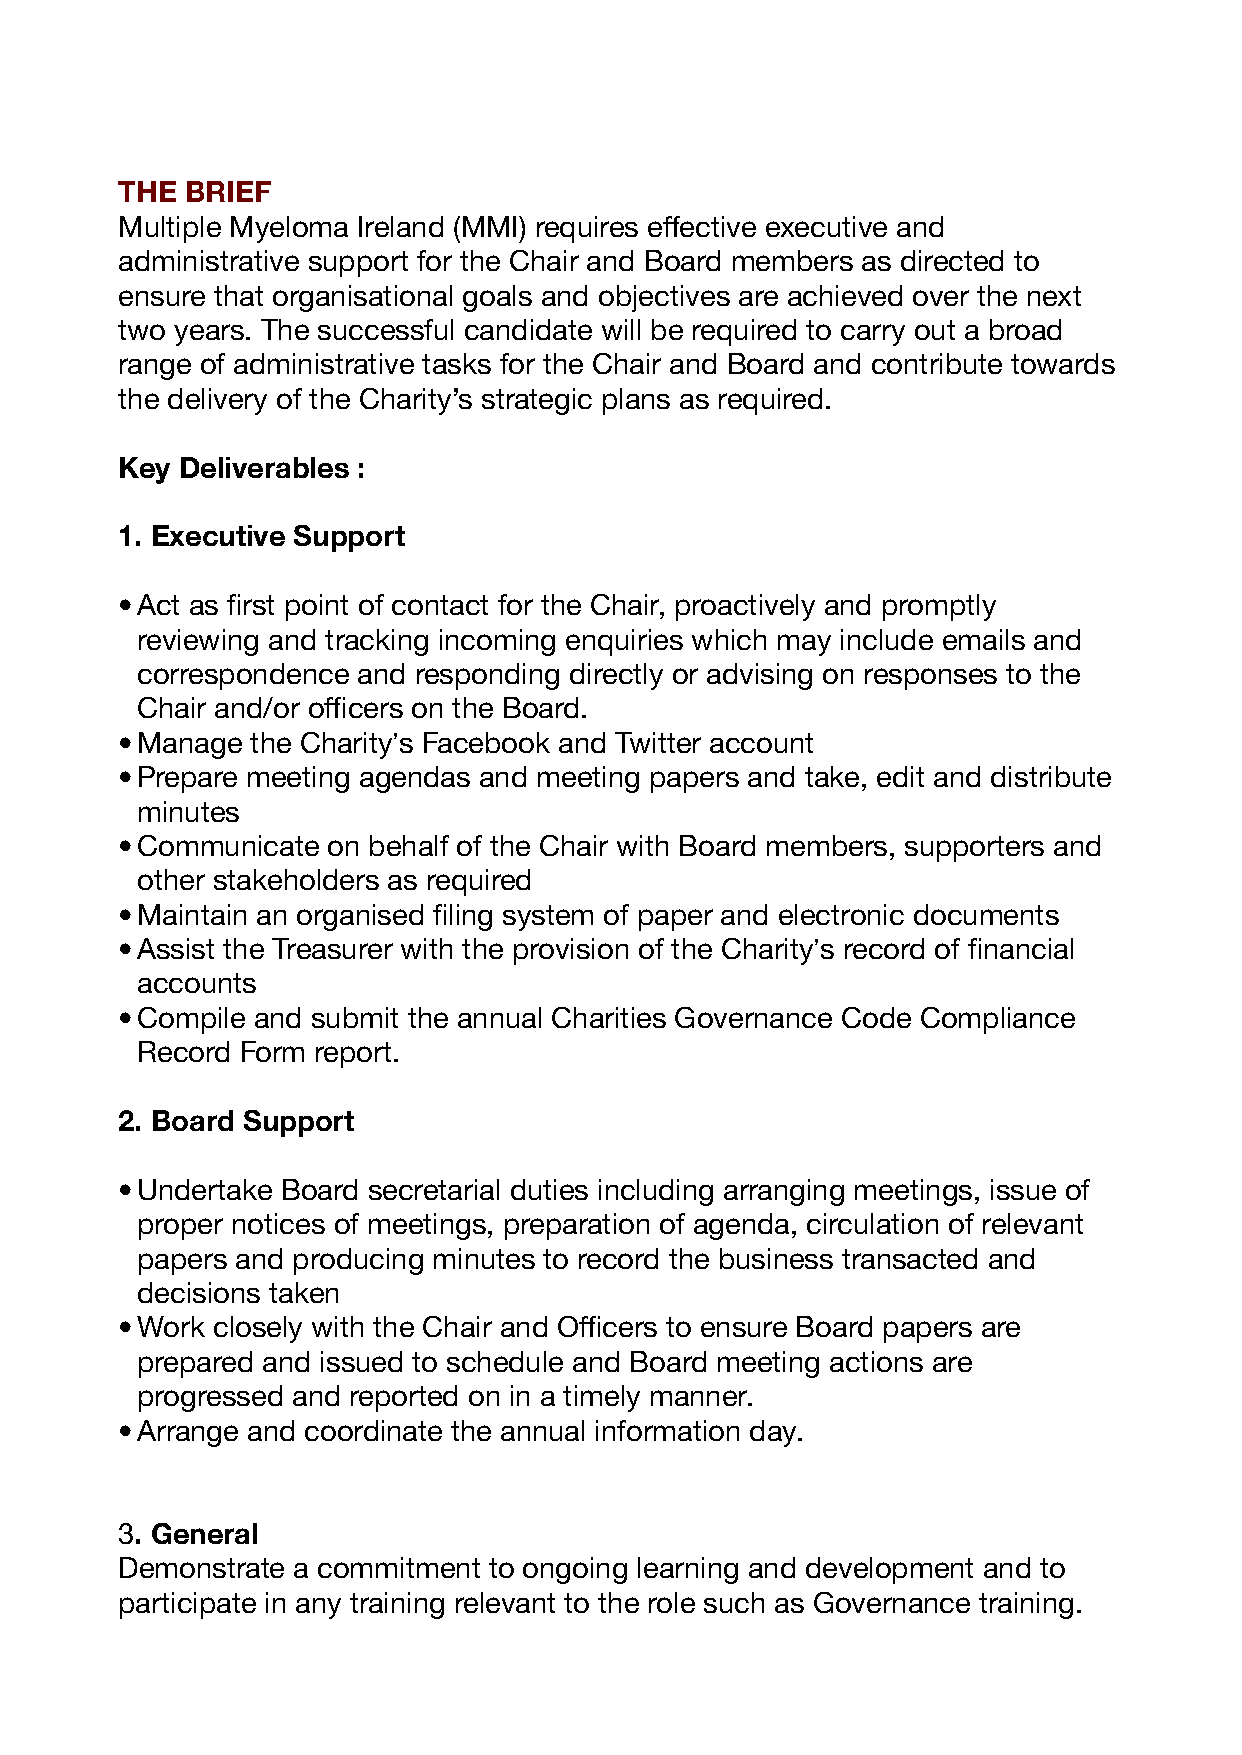
THE BRIEF
 Multiple Myeloma Ireland (MMI) requires effective executive and
 administrative support for the Chair and Board members as directed to
 ensure that organisational goals and objectives are achieved over the next
 two years. The successful candidate will be required to carry out a broad
 range of administrative tasks for the Chair and Board and contribute towards
 the delivery of the Charity’s strategic plans as required.
 Key Deliverables :
 1. Executive Support
 •Act as first point of contact for the Chair, proactively and promptly
 reviewing and tracking incoming enquiries which may include emails and
 correspondence and responding directly or advising on responses to the
 Chair and/or officers on the Board.
 •Manage  the Charity’s Facebook and Twitter account
 •Prepare meeting agendas and meeting papers and take, edit and distribute
 minutes
 •Communicate  on behalf of the Chair with Board members, supporters and
 other stakeholders as required
 •Maintain an organised filing system of paper and electronic documents
 •Assist the Treasurer with the provision of the Charity’s record of financial
 accounts
 •Compile and submit the annual Charities Governance Code Compliance
 Record Form report.
 2. Board Support
 •Undertake Board secretarial duties including arranging meetings, issue of
 proper notices of meetings, preparation of agenda, circulation of relevant
 papers and producing minutes to record the business transacted and
 decisions taken
 •Work closely with the Chair and Officers to ensure Board papers are
 prepared and issued to schedule and Board meeting actions are
 progressed and reported on in a timely manner.
 •Arrange and coordinate the annual information day.
 3. General
 Demonstrate a commitment to ongoing learning and development and to
 participate in any training relevant to the role such as Governance training.